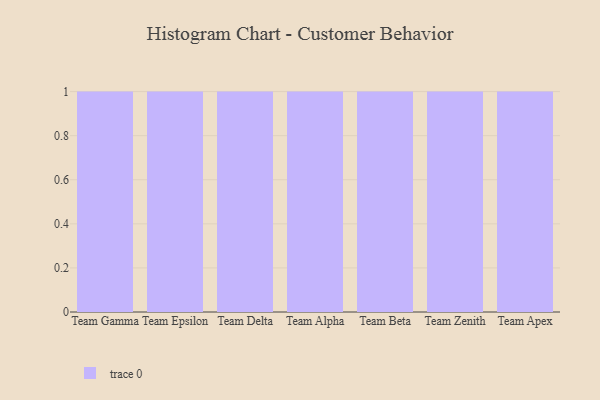
{"axis": {"x": "Team", "y": "Net Income (USD K)"}, "legend": [""], "data": [{"x": "Team Gamma", "y": 89, "type": ""}, {"x": "Team Epsilon", "y": 42, "type": ""}, {"x": "Team Delta", "y": 99, "type": ""}, {"x": "Team Alpha", "y": 56, "type": ""}, {"x": "Team Beta", "y": 96, "type": ""}, {"x": "Team Zenith", "y": 92, "type": ""}, {"x": "Team Apex", "y": 14, "type": ""}]}